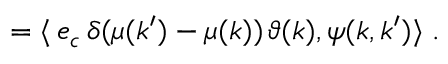
= \langle \, e _ { c } \, \delta ( \mu ( k ^ { \prime } ) - \mu ( k ) ) \, \vartheta ( k ) , \psi ( k , k ^ { \prime } ) \rangle \; .